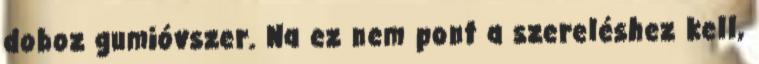
doboz gumióvszer. Na ez nem pont a szereléshez kell,